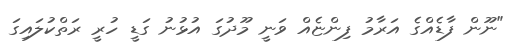
"ނޫން ފާޑެއްގެ އަރާމު ފިންޏެއް ވަނީ މޫދުގަ އުޅުނު ގަޑީ ހުރީ ރަތްކުލައިގަ